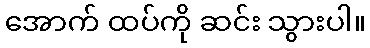
အောက် ထပ်ကို ဆင်း သွားပါ။